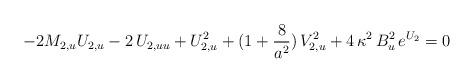
LaTeX: \begin{align*}-2M_{2,u}U_{2,u}-2\,U_{2,uu}+U_{2,u}^{2}+(1+{8 \over a^{2}})\,V_{2,u}^{2}+4\,\kappa^{2}\,B_{u}^{2}\,e^{U_{2}}=0\end{align*}